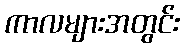
ကာလများအတွင်း